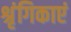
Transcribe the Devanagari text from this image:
श्रृंगिकाएं